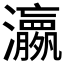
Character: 𱪊